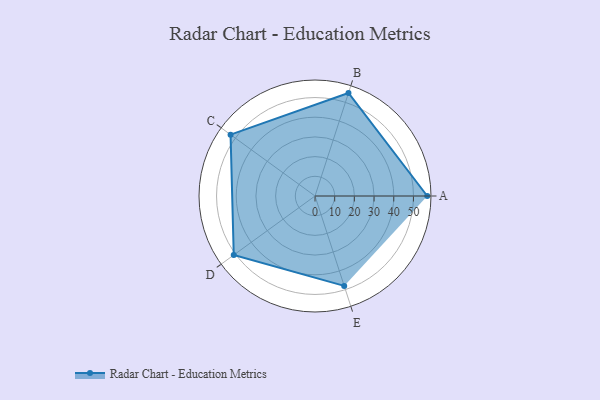
{"axis": {"x": "Skill", "y": "Score"}, "legend": ["Profile"], "data": [{"x": "A", "y": 57.0, "type": "Profile"}, {"x": "B", "y": 55.0, "type": "Profile"}, {"x": "C", "y": 53.0, "type": "Profile"}, {"x": "D", "y": 51.0, "type": "Profile"}, {"x": "E", "y": 48.0, "type": "Profile"}]}